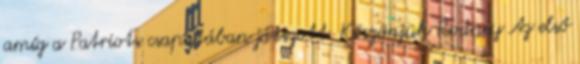
amíg a Patriots csapatában játszott. Köszönjük Rodney Az első